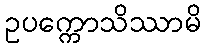
ဥပက္ကောသိဿာမိ